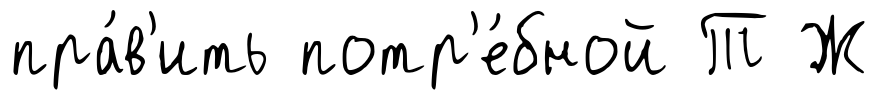
пра́в'ить потр'е́бной Т Ж